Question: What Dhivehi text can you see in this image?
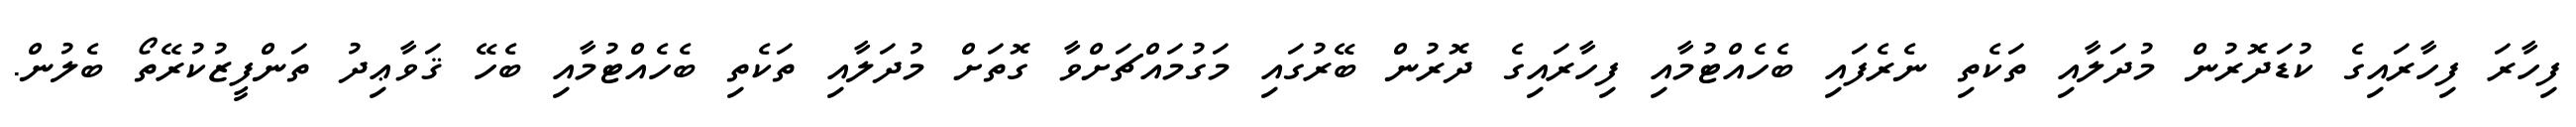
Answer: ފިހާރަ ފިހާރައިގެ ކުޑަދޮރުން މުދަލާއި ތަކެތި ނެރެފައި ބެހެއްޓުމާއި ފިހާރައިގެ ދޮރުން ބޭރުގައި މަގުމައްޗަށްވާ ގޮތަށް މުދަލާއި ތަކެތި ބެހެއްޓުމާއި ބެހޭ ޤަވާޢިދު ތަންފީޒުކުރޭތޯ ބެލުން.